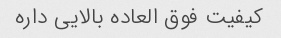
کیفیت فوق العاده بالایی داره